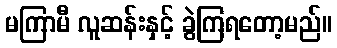
မကြာမီ လူဆန်းနှင့် ခွဲကြရတော့မည်။